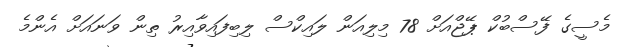
މެސީގެ ފޭސްބުކް ޕޭޖްއަށް 78 މިލިއަން ލައިކްސް ލިބިފައިވާއިރު ތިން ވަނައަށް އެންމެ